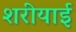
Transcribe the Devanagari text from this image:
शरीयाई